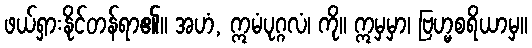
ဖယ်ရှားနိုင်တန်ရာ၏။ အဟံ, ဣမံပုဂ္ဂလံ၊ ကို။ ဣမှမှာ၊ ဗြဟ္မစရိယာမှ။